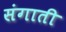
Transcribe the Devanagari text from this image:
संगाती